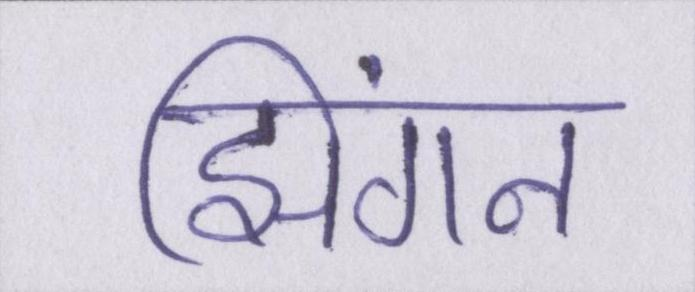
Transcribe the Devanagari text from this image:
झिंगन